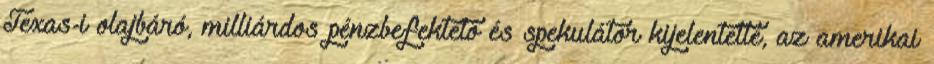
Texas-i olajbáró, milliárdos pénzbefektető és spekulátor kijelentette, az amerikai